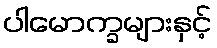
ပါမောက္ခများနှင့်